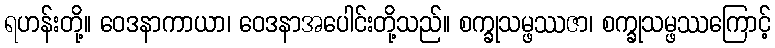
ရဟန်းတို့။ ဝေဒနာကာယာ၊ ဝေဒနာအပေါင်းတို့သည်။ စက္ခုသမ္ဖဿဇာ၊ စက္ခုသမ္ဖဿကြောင့်